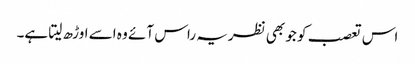
اس تعصب کو جو بھی نظریہ راس آئے وہ اسے اوڑھ لیتا ہے۔